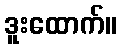
ဒူးထောက်။